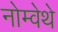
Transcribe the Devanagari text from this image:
नोम्वेथे